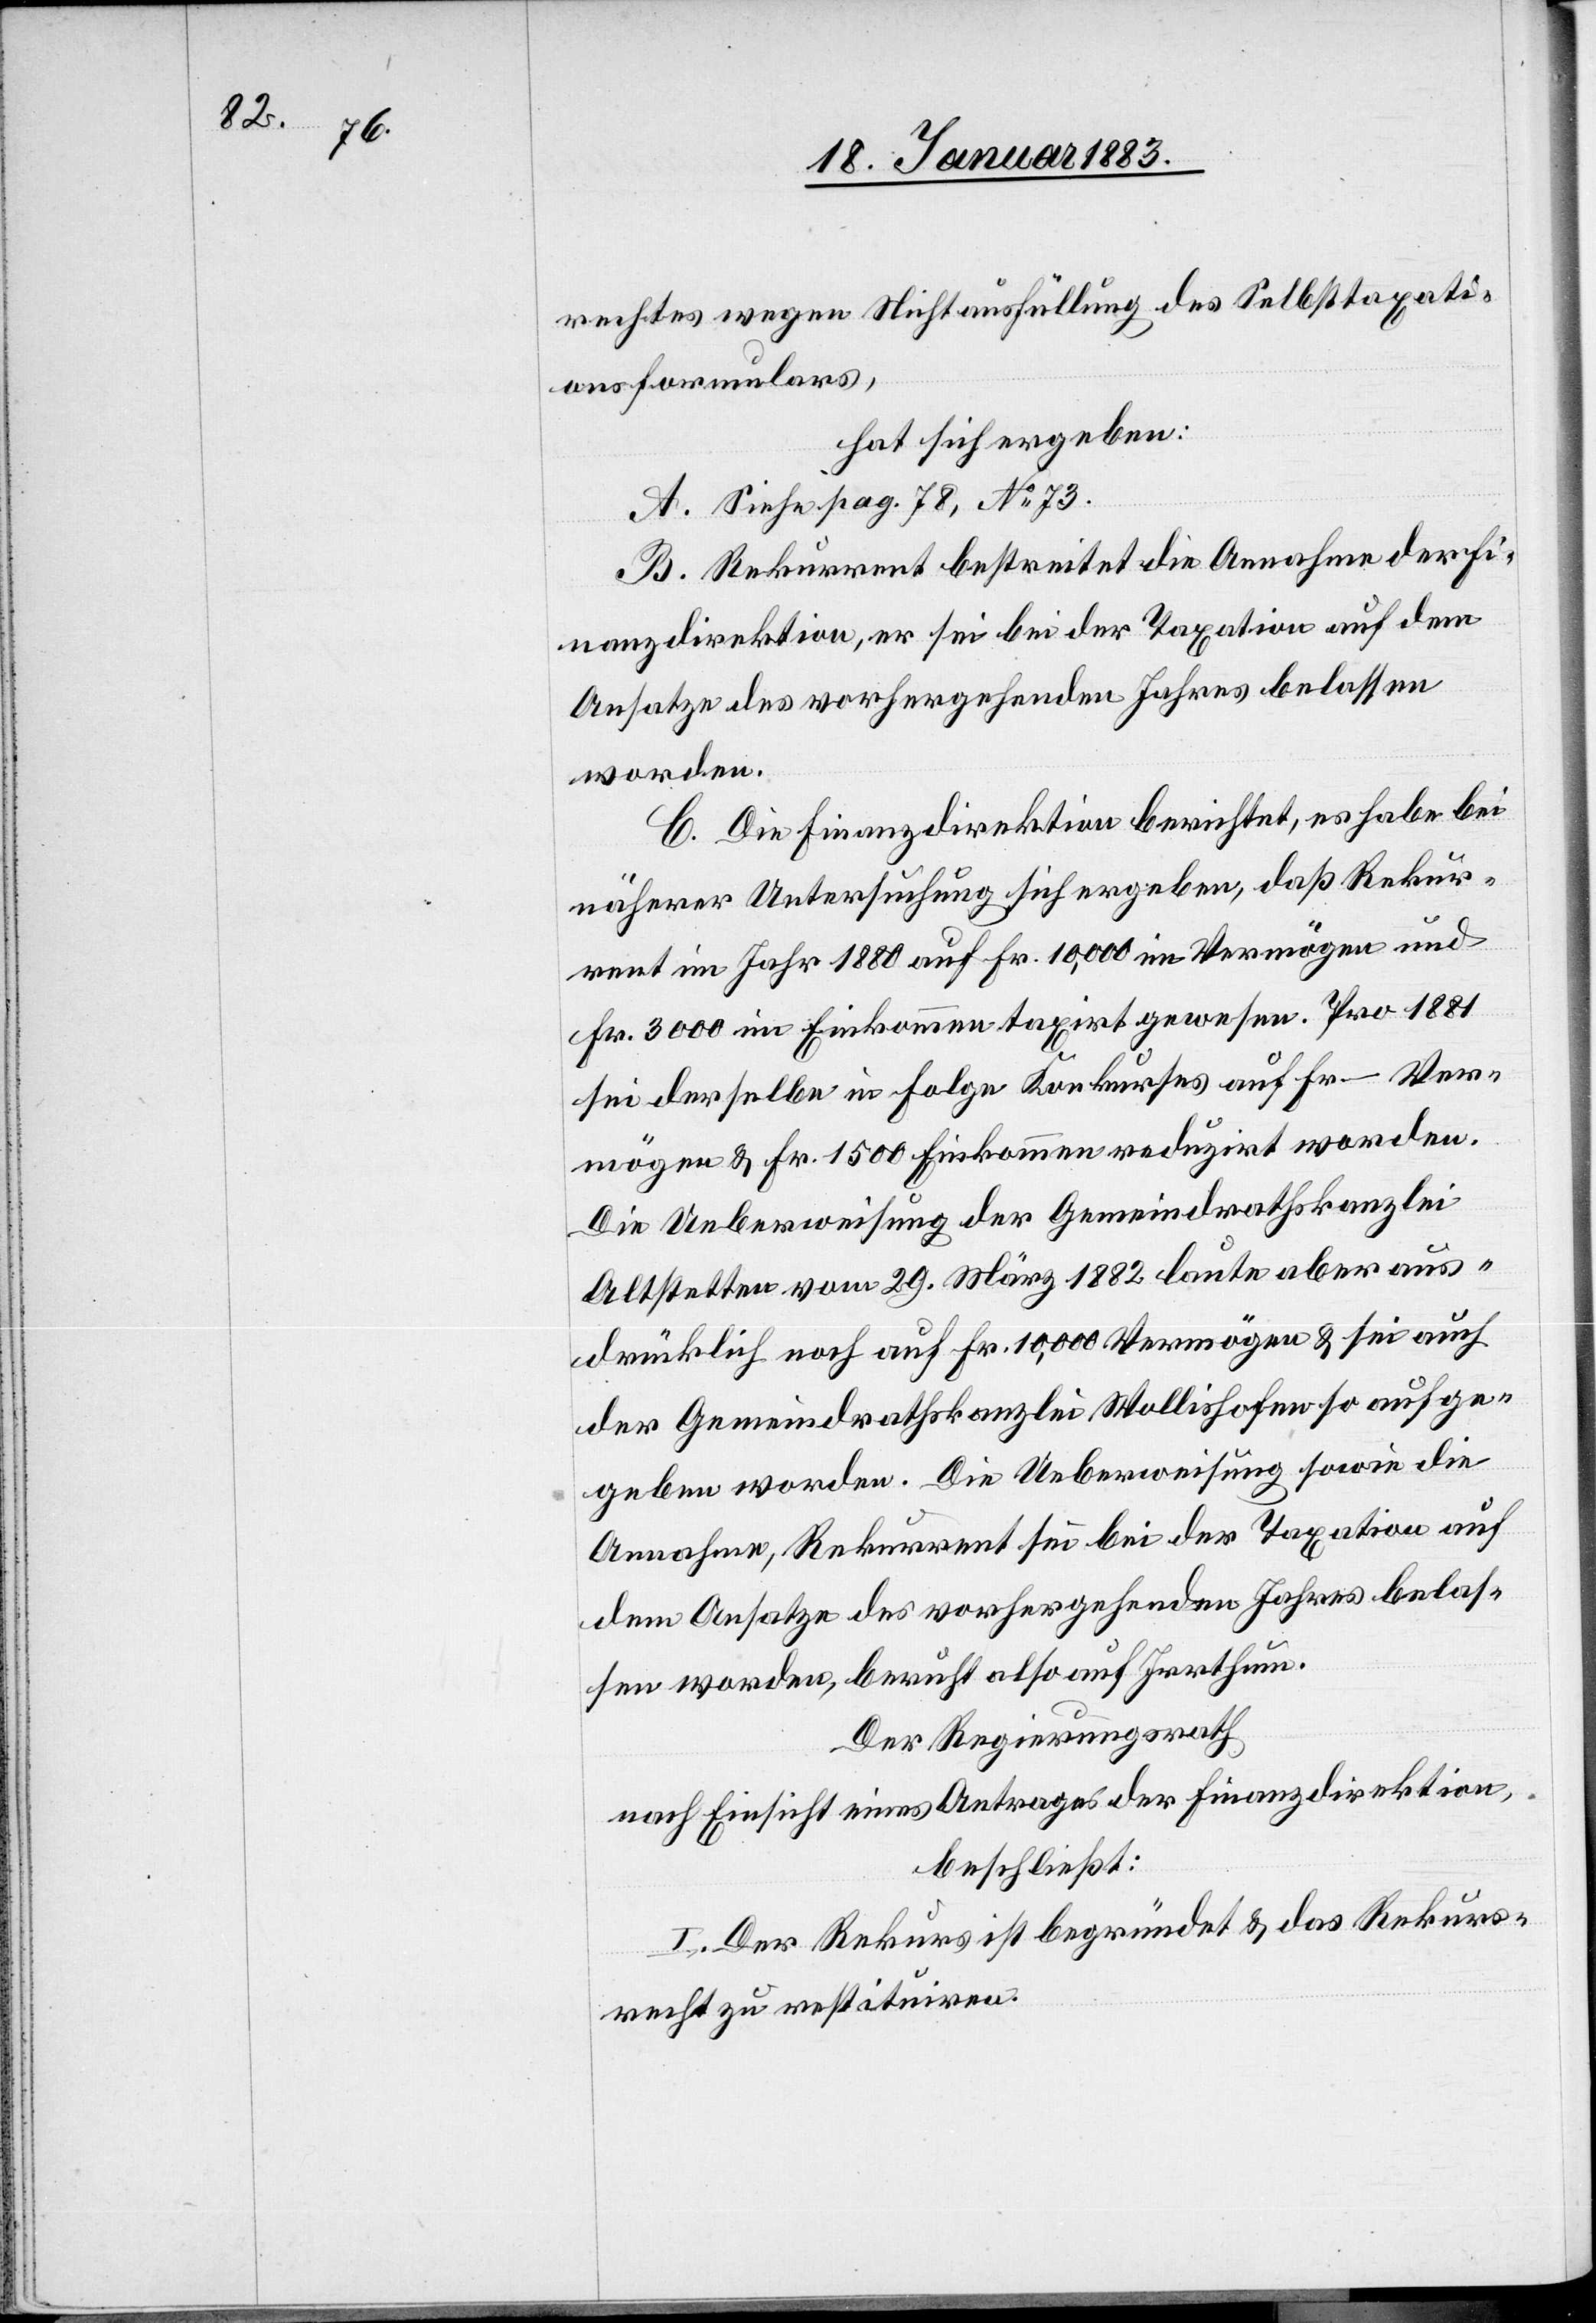
rechtes wegen Nichtausfüllung des Selbsttaxati¬
onsformulars,
hat sich ergeben:
A. Siehe pag. 78, No 73.
B. Rekurrent bestreitet die Annahme der Fi¬
nanzdirektion, er sei bei der Taxation auf dem
Ansatze des vorhergehenden Jahres belassen
worden.
C. Die Finanzdirektion berichtet, es habe bei
näherer Untersuchung sich ergeben, daß Rekur¬
rent im Jahr 1880 auf Fr. 10,000 im Vermögen und
Fr. 3000 im Einkommen taxirt gewesen. Pro 1881
sei derselbe in Folge Konkurses auf Fr. – Ver¬
mögen & Fr. 1500 Einkommen reduzirt worden.
Die Ueberweisung der Gemeindrathskanzlei
Altstetten vom 29. März 1882 laute aber aus¬
drücklich noch auf Fr. 10,000 Vermögen & sei auch
der Gemeindrathskanzlei Wollishofen aufge¬
geben worden. Die Ueberweisung sowie die
Annahme, Rekurrent sei bei der Taxation auf
dem Ansatze des vorhergehenden Jahres belas¬
sen worden, beruht also auf Irrthum.
Der Regierungsrath
nach Einsicht eines Antrages der Finanzdirektion,
beschließt:
I. Der Rekurs ist begründet & das Rekurs¬
recht zu restituiren.